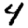
Digit: 4